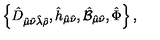
\left\{ \hat { D } _ { \hat { \mu } \hat { \nu } \hat { \lambda } \hat { \rho } } , \hat { h } _ { \hat { \mu } \hat { \nu } } , \hat { { \cal B } } _ { \hat { \mu } \hat { \nu } } , \hat { \Phi } \right\} ,